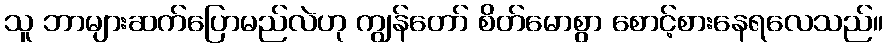
သူ ဘာများဆက်ပြောမည်လဲဟု ကျွန်တော် စိတ်မောစွာ စောင့်စားနေရလေသည်။